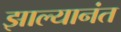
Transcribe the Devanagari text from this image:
झाल्यानंत